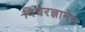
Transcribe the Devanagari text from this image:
विधेरज्ञानेन